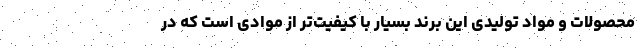
محصولات و مواد تولیدی این برند بسیار با کیفیت‌تر از موادی است که در